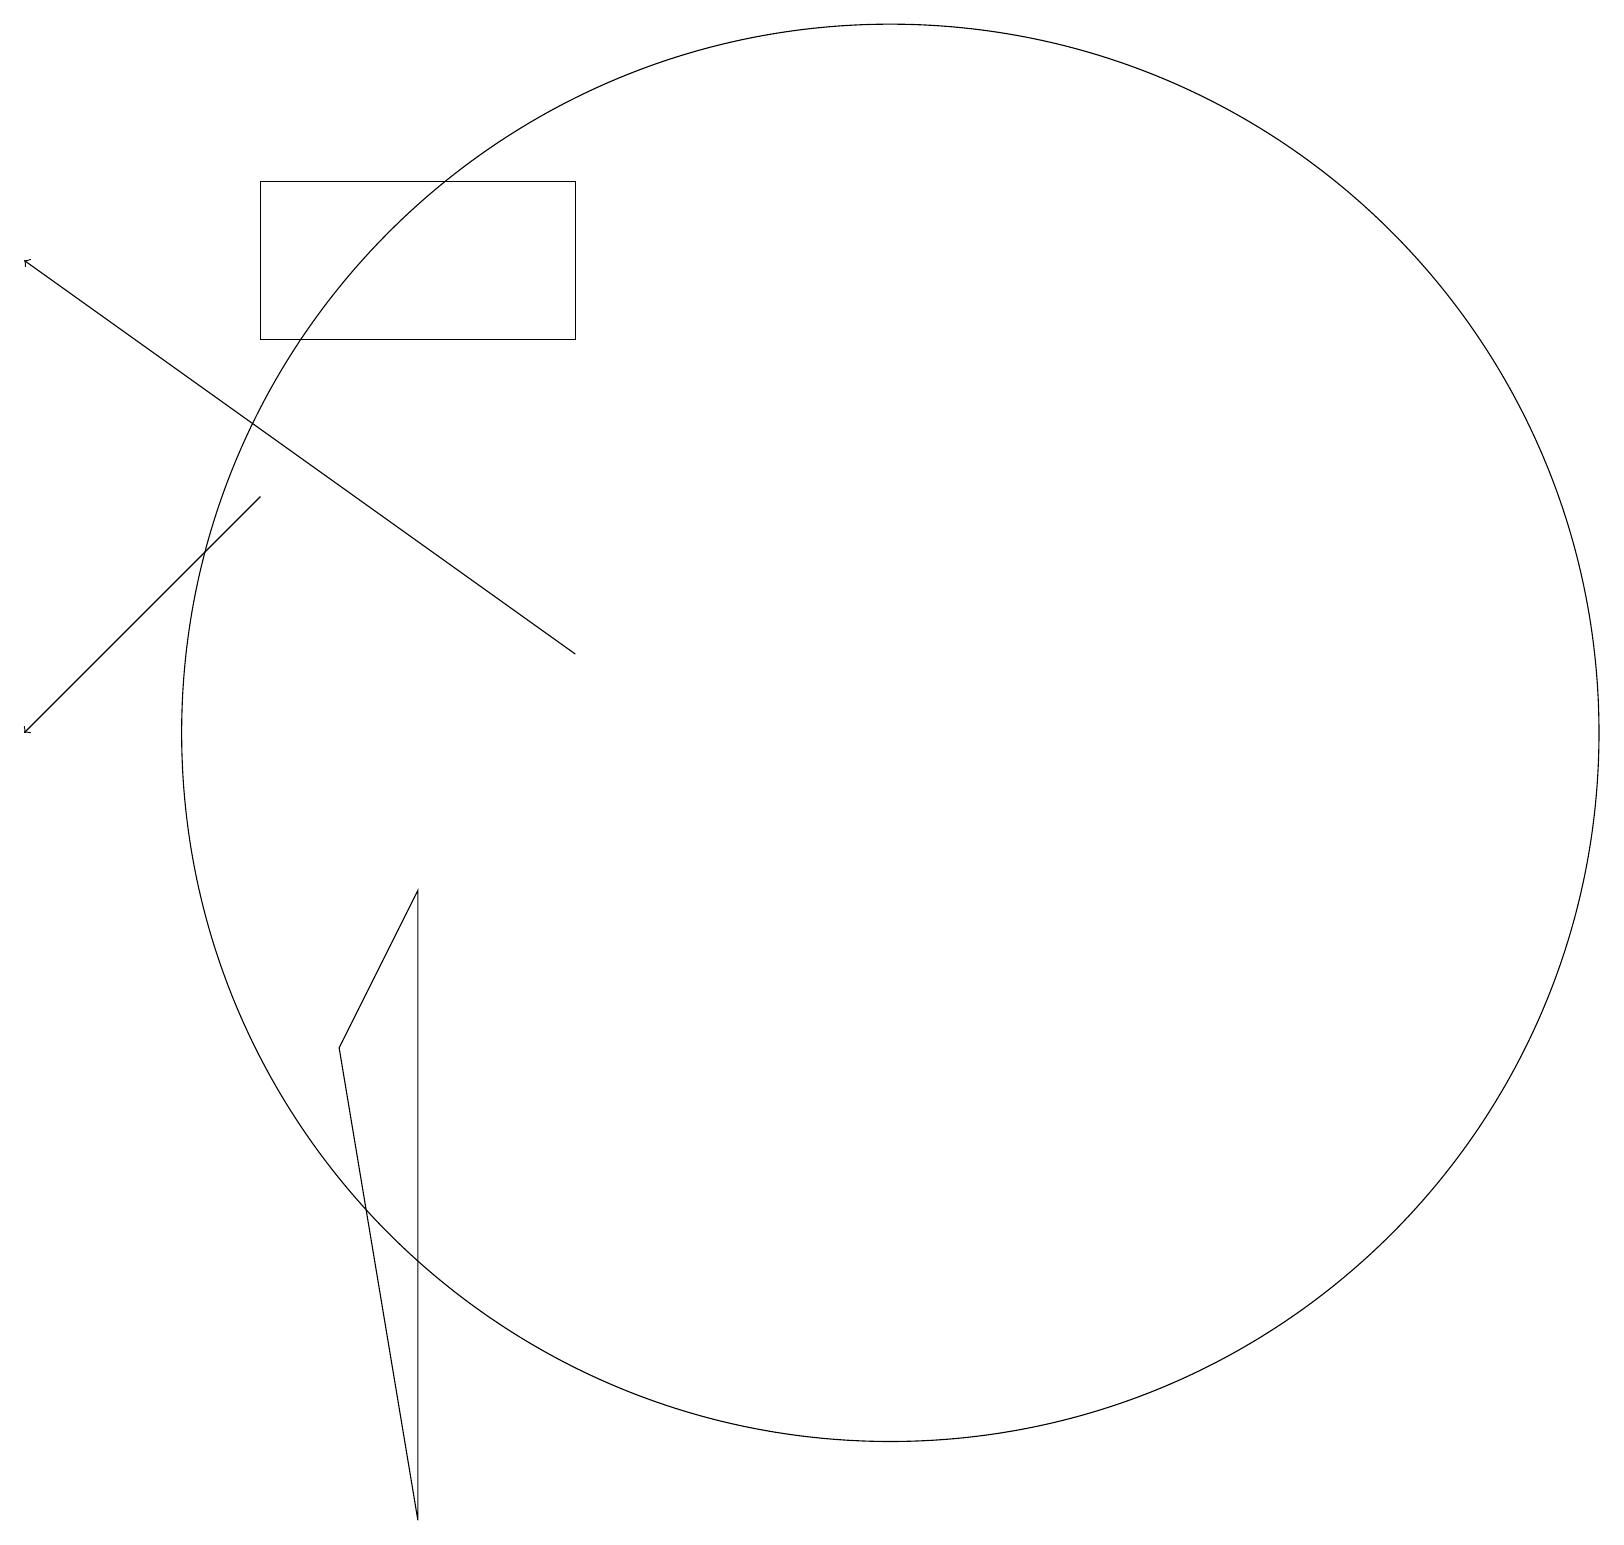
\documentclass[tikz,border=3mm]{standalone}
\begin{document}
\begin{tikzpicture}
\draw (5,1) -- (5,9) -- (4,7) -- cycle;
\draw[->] (7,12) -- (0,17);
\draw[->] (3,14) -- (0,11);
\draw (7,18) rectangle (3,16);
\draw (11,11) circle (9);
\draw (10,10) circle (0);
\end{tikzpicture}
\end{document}